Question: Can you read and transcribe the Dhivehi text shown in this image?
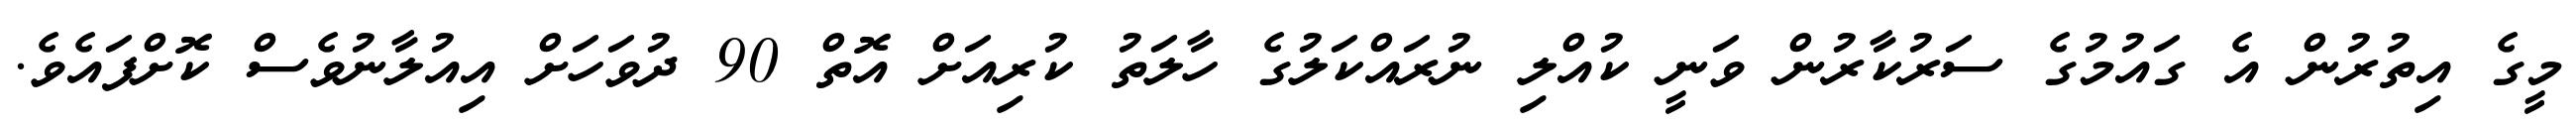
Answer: މީގެ އިތުރުން އެ ގައުމުގެ ސަރުކާރުން ވަނީ ކުއްލި ނުރައްކަލުގެ ހާލަތު ކުރިއަށް އޮތް 90 ދުވަހަށް އިއުލާނުވެސް ކޮށްފައެވެ.